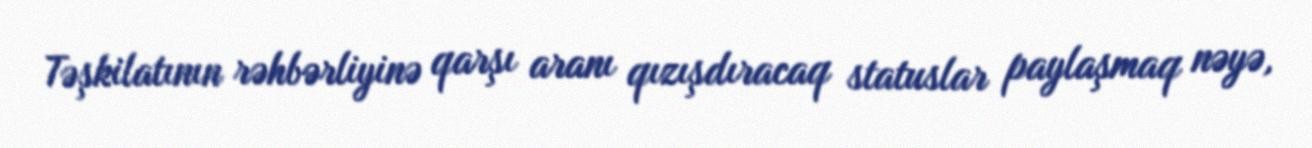
Təşkilatının rəhbərliyinə qarşı aranı qızışdıracaq statuslar paylaşmaq nəyə,